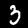
Digit: 3